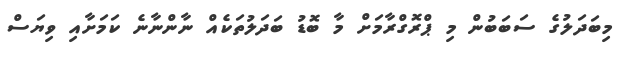
މިބަދަލުގެ ސަބަބުން މި ޕްރޮގްރާމަށް މާ ބޮޑު ބަދަލުތަކެއް ނާންނާނެ ކަމަށާއި ވިޔަސް